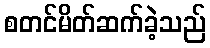
စတင်မိတ်ဆက်ခဲ့သည်